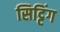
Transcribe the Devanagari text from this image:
सिट्टिंग